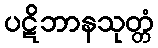
ပဋိဘာနသုတ္တံ